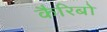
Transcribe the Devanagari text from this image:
कैरिबो